Annual statistical returns and brief notes on vaccination in Bengal - 1896-1909
Year: 1896
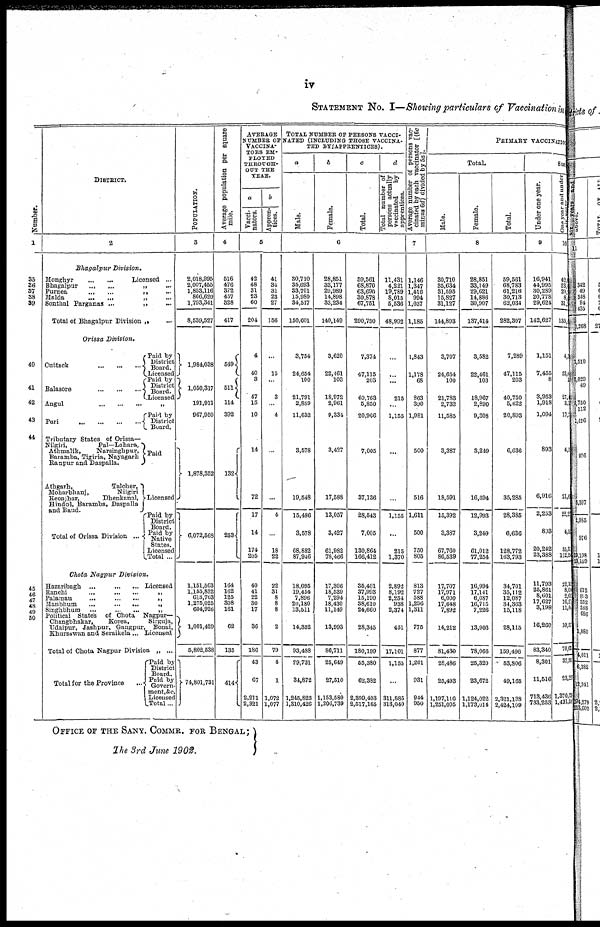
iv
STATEMENT No. I—Showing particulars of Vaccination in
Number.
1
35
36
37
38
39
40
41
42
43
44
45
46
47
48
49 50
DISTRICT.
2
Bhagalpur
Division.
Monghyr
...
...
Licensed ...
Bhagalpur
...
...
„
...
Purnea
...
...
„
...
Malda
...
...
„ ...
Sonthal Parganas ...
„ ...
Total of Bhagalpur Division „ ...
Orissa Division.
Cuttack
...
...
...
Balasore
...
...
...
Angul
...
...
...
Puri
...
...
...
...
Tributary States of Orissa—
Nilgiri,
Pal—Lahara,
Athmalik,
Narsinghpur,
Baramba, Tigiria, Nayagarh
Ranpur and Daspalla.
Athgarh,
Talcher,
Moharbhanj,
Nilgiri
Keonjhar,
Dhenkanal,
Hindol, Baramba, Daspalla
and Baud.
Total of Orissa Division ...
Paid by
District
Board.
Licensed
Paid by
District
Board.
Licensed
„
Paid by
District
Board.
Paid
Licensed
Paid by
District
Board.
Paid by
Native
States.
Licensed
Total ...
Chota Nagpur
Division.
Hazaribagh ...
...
...
Licensed
Ranchi
...
...
...
„
Palamau
...
...
...
„
Manbhum
...
...
...
„
Singhbhum ...
...
...
„
Political States of Chota Nagpur—
Changbhakar,
Korea,
Sirguja,
Udaipur, Jashpur, Gangpur, Bonai,
Khursawan and Seraikela ... Licensed
Total of Chota Nagpur Division „ ...
Total for the Province ...
Paid by
District
Board.
Paid by
Govern-
ment, &c.
Licensed
Total ...
POPULATION.
3
2,018,995
2,007,455
1,853,116
866,620
1,793,341
8,539,527
1,984,038
1,050,317
191,911
967,950
1,878,352
6,072,568
1,151,563
1,155,832
618,763
1,275,025
604,926
1,001,429
5,802,538
74,801,731
Average population per square
mile.
4
516
476
372
457
328
417
549
511
114
392
132
253
164
162
125
308
161
62
135
414
AVERAGE
NUMBER OF
VACCINA-
TORS EM-
PLOYED
THROUGH-
OUT THE
YEAR.
a
Vacci-
nators.
b
Appren-
tices.
5
42
48
31
23
60
204
4
40
3
47
15
10
14
72
17
14
174
205
40
41
22
30
17
36
186
43
67
2,211
2,321
41
34
31
23
27
156
...
15
...
3
...
4
...
...
4
...
18
22
22
31
8
8
8
2
79
4
1
1,072
1,077
TOTAL NUMBER OF PERSONS VACCI-
----- (INCLUDING THOSE VACCINA-
TED BY APPRENTICES).
a
Male.
b
Female.
c
Total.
d
Total number of
persons actually
vaccinated
by
apprentices.
6
30,710
35,693
33,701
15,980
34,517
150,601
3,754
24,654
100
21,791
2,889
11,632
3,578
19,548
15,486
3,578
68,882
87,946
18,095
19,454
7,896
20,180
13,511
14,352
93,488
29,731
34,872
1,245,823
1,310,426
28,851
33,177
29,989
14,898
33,234
140,149
3,620
22,461
103
18,972
2,961
9,334
3,427
17,588
13,057
3,427
61,982
78,466
17,306
18,539
7,294
18,430
11,149
13,993
86,711
25,649
27,510
1,153,580
1,206,739
59,561
68,870
63,690
30,878
67,751
290,750
7,374
47,115
203
40,763
5,850
20,966
7,005
37,136
28,543
7,005
130,864
166,412
35,401
37,993
15,190
38,610
24,660
28,345
180,199
55,380
62,382
2,399,403
2,517,165
11,431
4,221
19,789
8,015
5,536
48,992
...
...
...
215
...
1,155
...
...
1,155
...
215
1,370
2,892
8,192
2,254
938
2,374
451
17,101
1,155
...
311,885
313,040
Average number of persons vac-
cinated by each vaccinator [(6c
minus 6d) divided by 5a].
7
1,146
1,347
1,416
994
1,037
1,185
1,843
1,178
68
863
390
1,981
500
516
1,611
500
750
805
813
727
588
1,256
1,311
775
877
1,261
931
944
950
PRIMARY VACCINATION
Total.
Male.
Female.
Total.
8
30,710
35,634
31,595
15,827
31,127
144,893
3,707
24,654
100
21,783
2,732
11,585
3,387
18,591
15,392
3,387
67,760
86,539
17,707
17,971
6,000
17,648
7,892
14,212
81,430
28,486
25,493
1,197,116
1,251,095
28,851
33,149
29,621
14,886
30,907
137,414
3,582
22,461
103
18,967
2,890
9,308
3,249
16,694
12,993
3,249
61,012
77,254
16,994
17,141
6,087
16,715
7,226
13,903
78,066
25,320
23,672
1,124,022
1,173,014
59,561
68,783
61,216
30,713
62,034
282,307
7,289
47,115
203
40,750
5,622
20,893
6,636
35,285
28,385
6,636
128,772
163,793
34,701
35,112
12,087
34,363
15,118
28,115
159,496
63,806
49,165
2,321,138
2,424,109
Suc
Under one year.
9
16,941
44,995
30,289
20,778
29,624
142,627
1,151
7,455
8
3,953
1,918
1,094
893
6,916
2,253
808
20,242
11,793
25,861
8,601
17,627
3,198
16,260
83,340
8,301
11,516
713,436
733,253
One year and under
six
years.
10
42,
23,
29,
8,
31,
135,
4,3
33,6
1
27,
3,1
17,7
4,5
21,6
22,2
4,5
85,3
112,24
22,10
8,0 2,61
16,2
11,0
10,5
70,633
37,511
23,327
1,370,338
1,431,208
OFFICE OF THE SANY. COMMR. FOR BENGAL;
The 3rd June 1902.